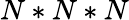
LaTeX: N*N*N